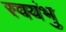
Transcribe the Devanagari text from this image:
स्‍वयंभु